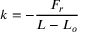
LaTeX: k = - { \frac { F _ { r } } { L - L _ { o } } }